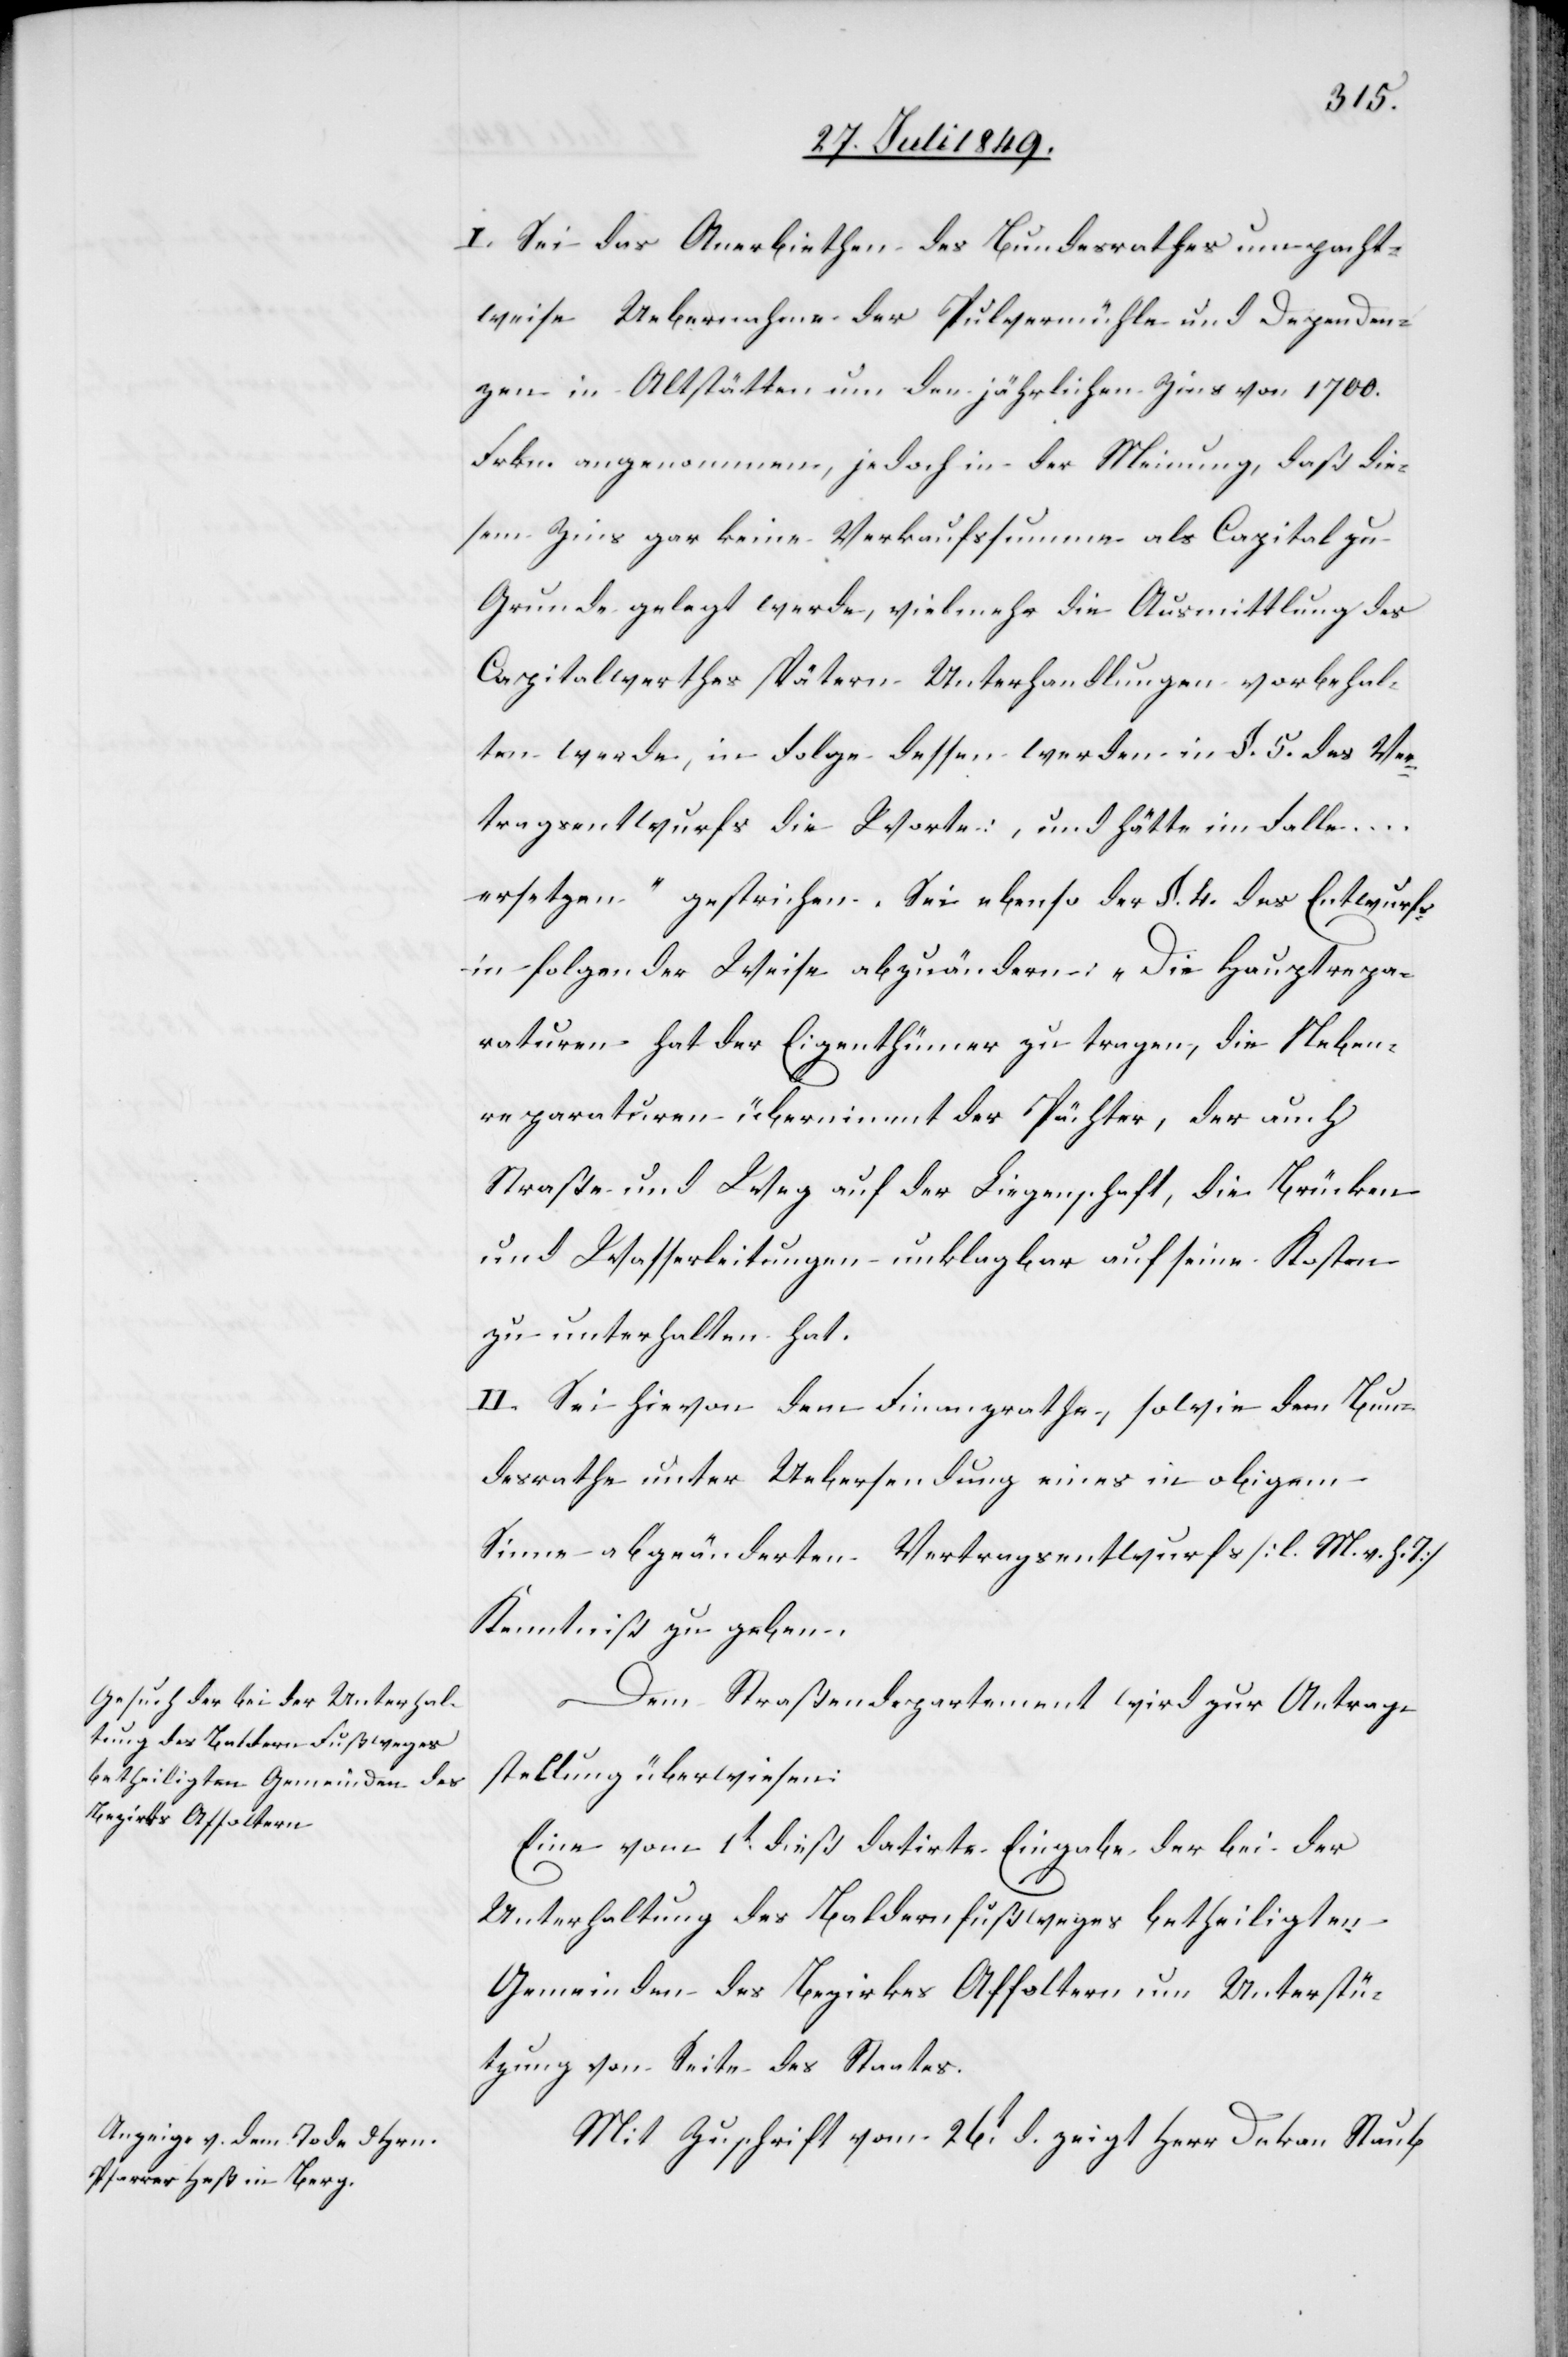
I. Sei das Anerbiethen des Bundesrathes um pacht¬
weise Uebernahme der Pulvermühle und Dependen¬
zen in Altstätten um den jährlichen Zins von 1 700.
Frkn. angenommen, jedoch in der Meinung, daß die¬
sem Zins gar keine Verkaufssumme als Capital zu
Grunde gelegt werde, vielmehr die Ausmittlung des
Capitalwerthes spätern Unterhandlungen vorbehal¬
ten werde, in Folge dessen werden in §. 5. des Ver¬
tragsentwurfs die Worte: „und hätte im Falle …
ersetzen“ gestrichen. Sei ebenso der §. 4. des Entwurfs
in folgender Weise abzuändern: „Die Hauptrepa¬
raturen hat der Eigenthümer zu tragen, die Neben¬
reparaturen übernimmt der Pächter, der auch
Straße und Weg auf der Liegenschaft, die Brücken
und Wasserleitungen unklagbar auf seine Kosten
zu unterhalten hat.
II. Sei hievon dem Finanzrathe, sowie dem Bun¬
desrathe unter Uebersendung eines in obigem
Sinne abgeänderten Vertragsentwurfs [l. M. v. h. T]
Kenntniß zu geben.
Dem Straßendepartement wird zur Antrag¬
stellung überwiesen:
Eine vom 1t dieß datirte Eingabe der bei der
Unterhaltung des Baldernfußweges betheiligten
Gemeinden des Bezirkes Affoltern um Unterstü¬
tzung von Seite des Staates.
Mit Zuschrift vom 26t d. zeigt Herr Dekan Staub